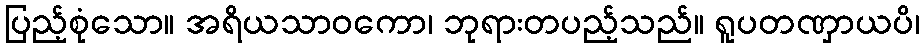
ပြည့်စုံသော။ အရိယသာဝကော၊ ဘုရားတပည့်သည်။ ရူပတဏှာယပိ၊